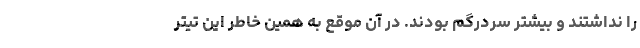
را نداشتند و بیشتر سردرگم بودند. در آن موقع به همین خاطر این تیتر